Scottish Certificate of Education, 1962
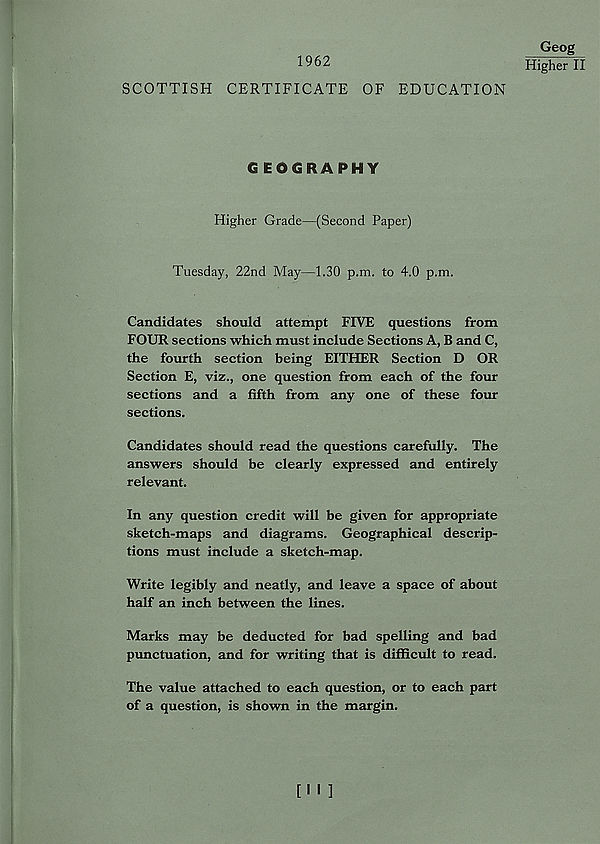
1962
SCOTTISH CERTIFICATE OF EDUCATION
GEOGRAPHY
Higher Grade—(Second Paper)
Tuesday, 22nd May—1.30 p.m. to 4.0 p.m.
Candidates should attempt FIVE questions from
FOUR sections which must include Sections A, B and C,
the fourth section being EITHER Section D OR
Section E, viz., one question from each of the four
sections and a fifth from any one of these four
sections.
Candidates should read the questions carefully. The
answers should be clearly expressed and entirely
relevant.
In any question credit will be given for appropriate
sketch-maps and diagrams. Geographical descrip-
tions must include a sketch-map.
Write legibly and neatly, and leave a space of about
half an inch between the lines.
Marks may be deducted for bad spelling and bad
punctuation, and for writing that is difficult to read.
The value attached to each question, or to each part
of a question, is shown in the margin.
Geog
Higher II
[I « ]